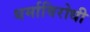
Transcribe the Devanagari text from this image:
धर्माविरोधी